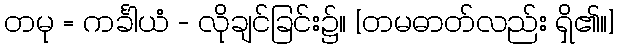
တမု = ကင်္ခါယံ - လိုချင်ခြင်း၌။ [တမဓာတ်လည်း ရှိ၏။]